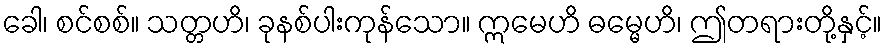
ခေါ၊ စင်စစ်။ သတ္တဟိ၊ ခုနစ်ပါးကုန်သော။ ဣမေဟိ ဓမ္မေဟိ၊ ဤတရားတို့နှင့်။